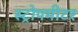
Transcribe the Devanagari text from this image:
स्ट्रोपमीटर